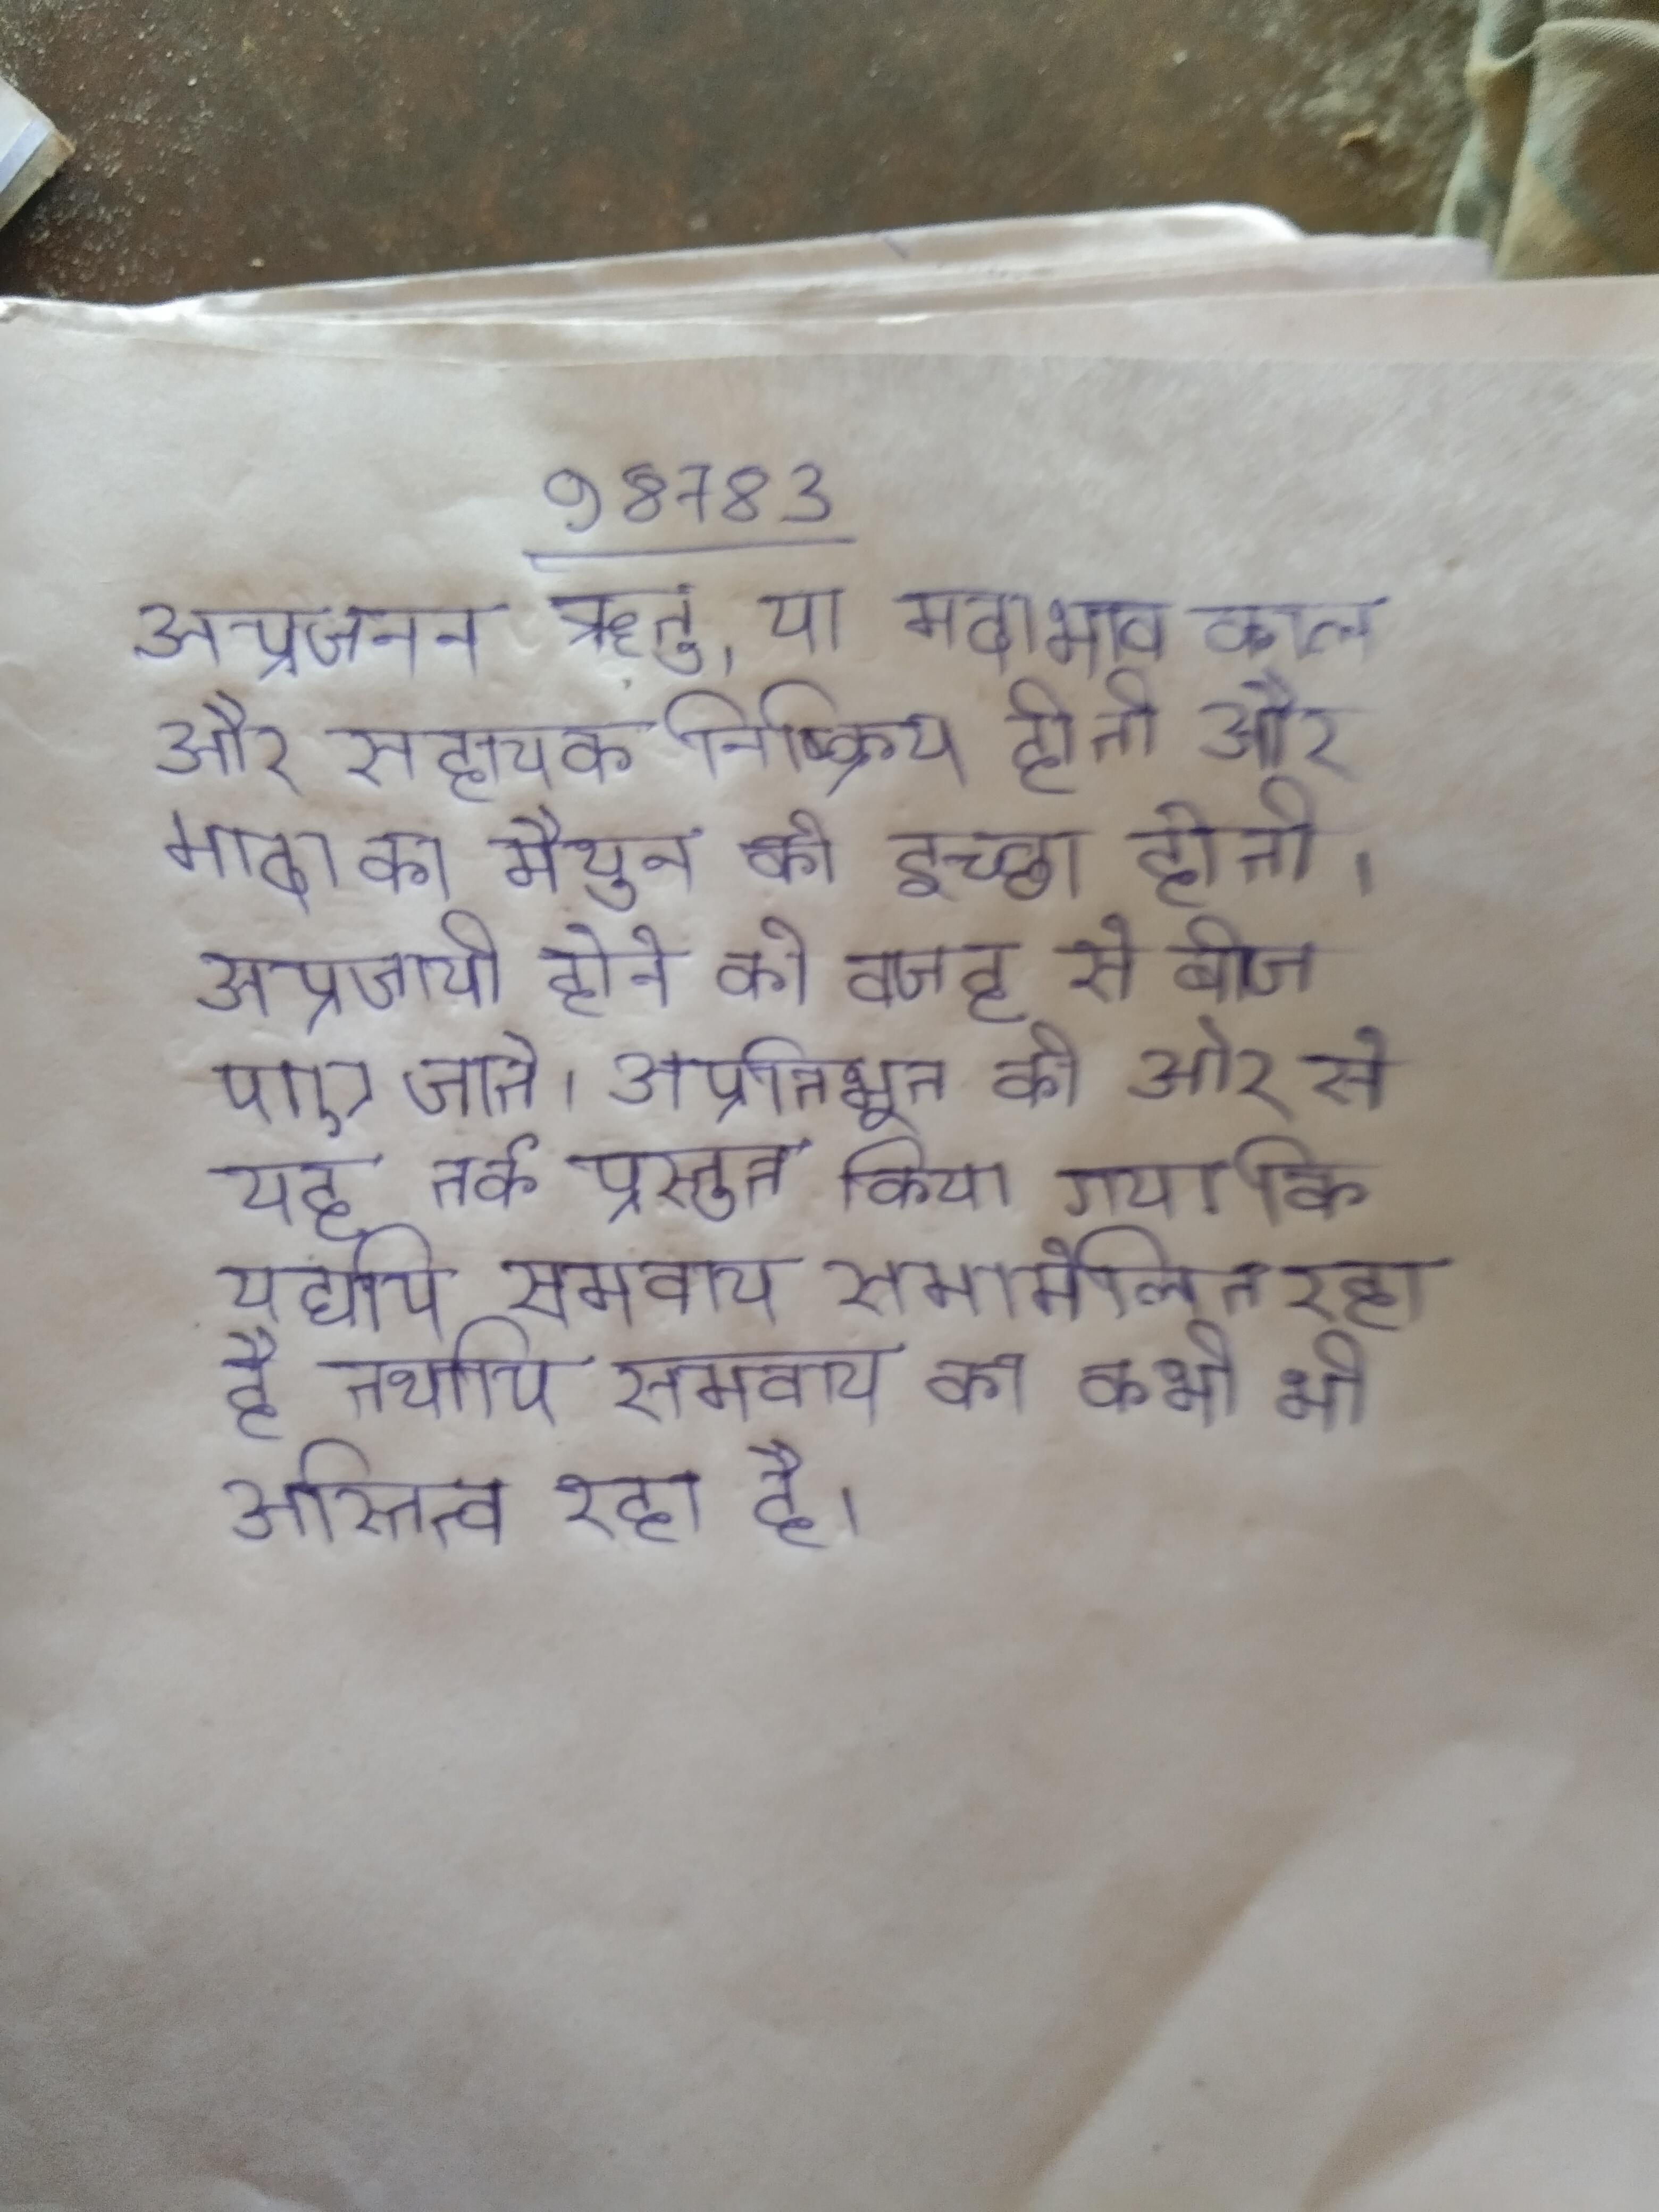
अप्रजनन ऋतु, या मदाभाव काल और सहायक निष्क्रिय होती और मादा का मैथुन की इच्छा होती । अप्रजायी होने की वजह से बीज पाए जाते । अप्रतिभूत की ओर से यह तर्क प्रस्तुत किया गया कि यद्यपि समवाय समामेलित रहा है तथापि समवाय का कभी भी अस्तित्व रहा है ।